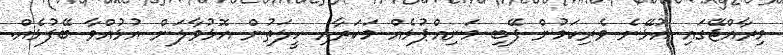
މިރާއްޖޭގައި އުޅޭނެ ވެރިކަމުން ފޭބި މަނިއްޕުޅެއް މަކަރާއި ހީލަތުން އޮޅުވާލަން އުޅުއްވާ ބޭފުޅެއް.